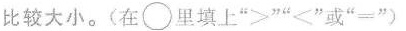
比较大小。(在\circ里填上”>””<”或”=”)